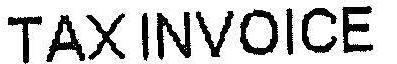
TAX INVOICE